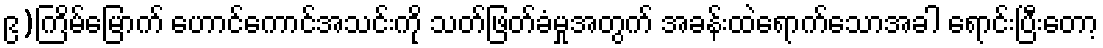
၉)ကြိမ်မြောက် ဟောင်ကောင်အသင်းကို သတ်ဖြတ်ခံမှုအတွက် အခန်းထဲရောက်သောအခါ ရောင်းပြီးတော့